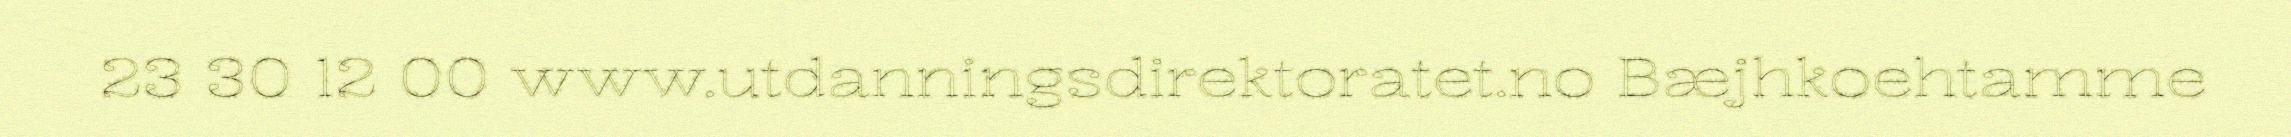
23 30 12 00 www.utdanningsdirektoratet.no Bæjhkoehtamme